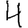
Digit: 4